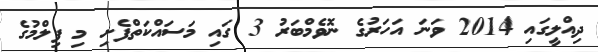
ދިއްލީގައި 2014 ވަނަ އަހަރުގެ ނޮވެމްބަރު 3 ގައި މަސައްކަތްފެށި މި ފިލްމުގެ